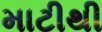
માટીથી